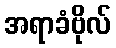
အရာခံဗိုလ်